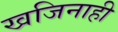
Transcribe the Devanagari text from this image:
खजिनाही